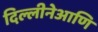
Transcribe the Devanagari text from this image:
दिल्लीनेआणि